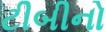
ટીબીનો